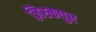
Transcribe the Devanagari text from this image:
ज़िरकपुर